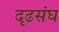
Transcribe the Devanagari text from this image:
दृढसंघ